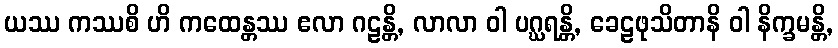
ယဿ ကဿစိ ဟိ ကထေန္တဿ ဧလာ ဂဠန္တိ, လာလာ ဝါ ပဂ္ဃရန္တိ, ခေဠဖုသိတာနိ ဝါ နိက္ခမန္တိ,